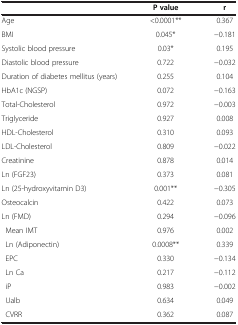
|  | P value | r |
 | --- | --- | --- |
 | Age | <0.0001** | 0.367 |
 | BMI | 0.045* | −0.181 |
 | Systolic blood pressure | 0.03* | 0.195 |
 | Diastolic blood pressure | 0.722 | −0.032 |
 | Duration of diabetes mellitus (years) | 0.255 | 0.104 |
 | HbA1c (NGSP) | 0.072 | −0.163 |
 | Total-Cholesterol | 0.972 | −0.003 |
 | Triglyceride | 0.927 | 0.008 |
 | HDL-Cholesterol | 0.310 | 0.093 |
 | LDL-Cholesterol | 0.809 | −0.022 |
 | Creatinine | 0.878 | 0.014 |
 | Ln (FGF23) | 0.373 | 0.081 |
 | Ln (25-hydroxyvitamin D3) | 0.001** | −0.305 |
 | Osteocalcin | 0.422 | 0.073 |
 | Ln (FMD) | 0.294 | −0.096 |
 | Mean IMT | 0.976 | 0.002 |
 | Ln (Adiponectin) | 0.0008** | 0.339 |
 | EPC | 0.330 | −0.134 |
 | Ln Ca | 0.217 | −0.112 |
 | iP | 0.983 | −0.002 |
 | Ualb | 0.634 | 0.049 |
 | CVRR | 0.362 | 0.087 |